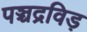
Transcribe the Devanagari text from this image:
पञ्चद्रविड़